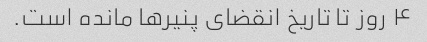
۴ روز تا تاریخ انقضای پنیرها مانده است.